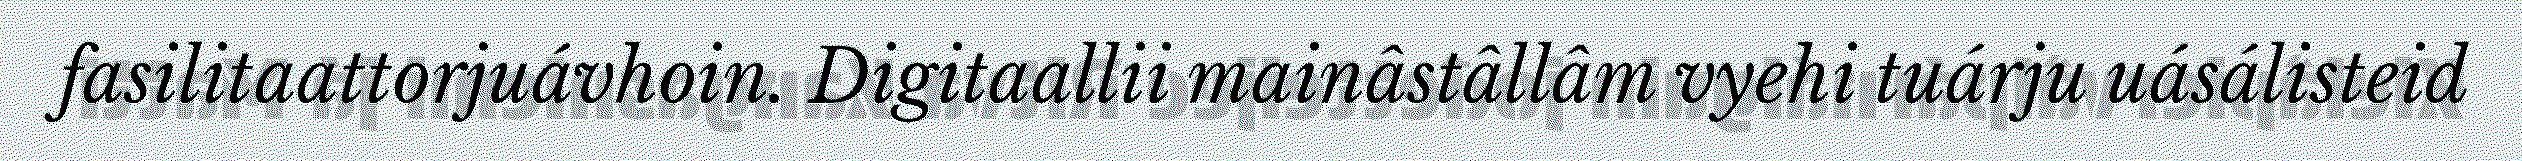
fasilitaattorjuávhoin. Digitaallii mainâstâllâm vyehi tuárju uásálisteid